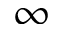
\infty